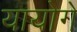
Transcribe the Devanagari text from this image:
यायोगे